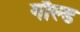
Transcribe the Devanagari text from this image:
गौल्ड